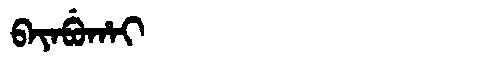
Manchu: ᠪᠠᠶᠠᠪᡠᡥᠠᡳ
Romanization: BAYABUHAI